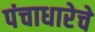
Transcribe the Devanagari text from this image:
पंचाधारेचे